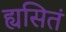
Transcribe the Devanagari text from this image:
ह्यसितं